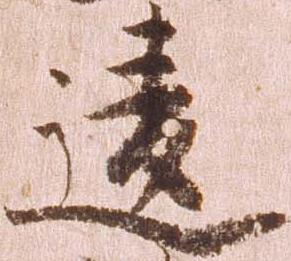
違